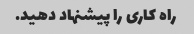
راه کاری را پیشنهاد دهید.